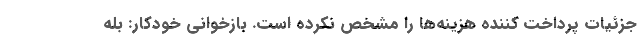
جزئیات پرداخت کننده هزینه‌ها را مشخص نکرده است. بازخوانی خودکار: بله